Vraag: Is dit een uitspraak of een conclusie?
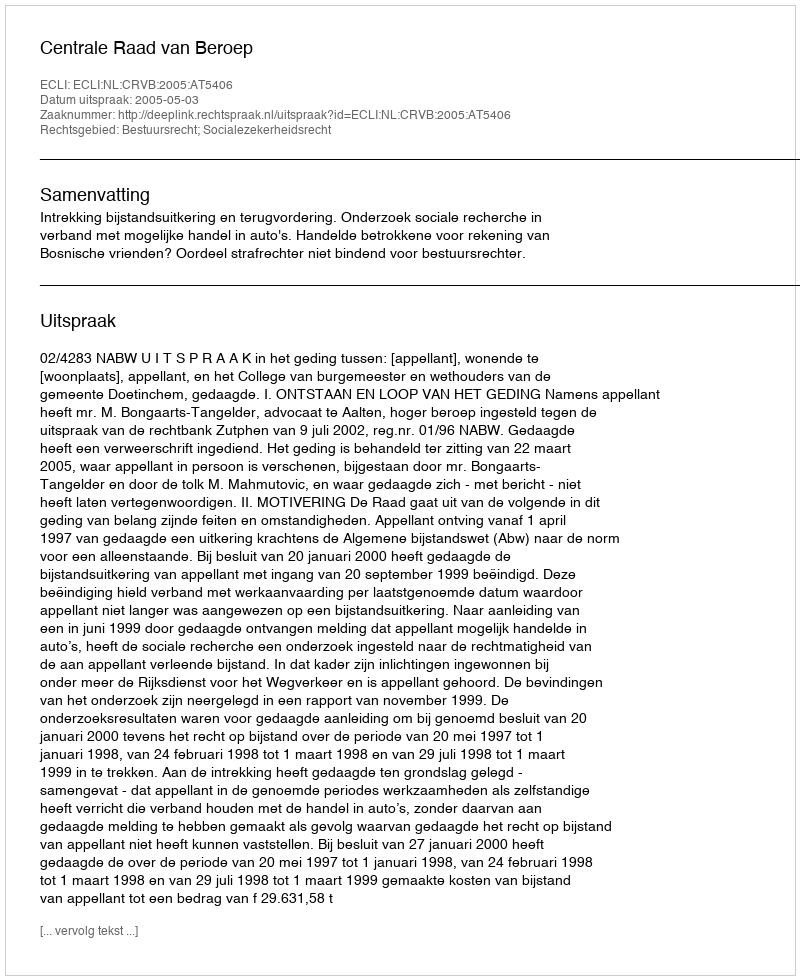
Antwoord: Uitspraak